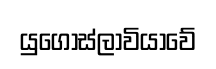
යුගෝස්ලාවියාවේ